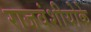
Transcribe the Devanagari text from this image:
राजवंशीयोके